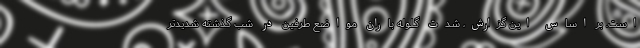
است. بر اساس این گزارش، شدت گلوله باران مواضع طرفین در شب گذشته شدیدتر